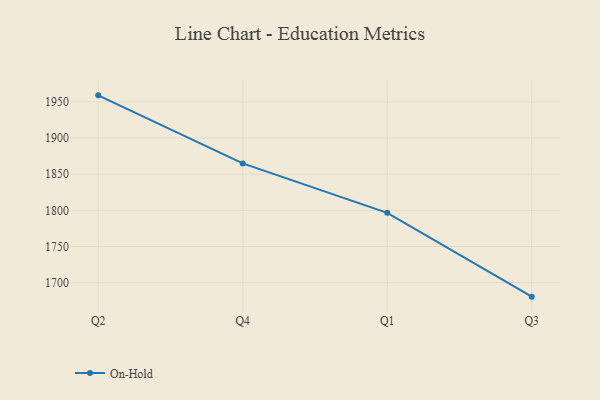
{"axis": {"x": "Quarter", "y": "Net Income (USD K)"}, "legend": ["On-Hold"], "data": [{"x": "Q2", "y": 1959.0, "type": "On-Hold"}, {"x": "Q4", "y": 1864.9, "type": "On-Hold"}, {"x": "Q1", "y": 1796.6, "type": "On-Hold"}, {"x": "Q3", "y": 1680.7, "type": "On-Hold"}]}